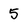
Character: 5